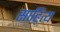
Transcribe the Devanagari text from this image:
साहि्त्य